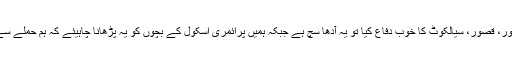
میں: اچھا یعنی اگر ہم اپنے بچوں کو یہ پڑھائیں کہ ہم نے لاہور، قصور، سیالکوٹ کا خوب دفاع کیا تو یہ آدھا سچ ہے جبکہ ہمیں پرائمری اسکول کے بچوں کو یہ پڑھانا چاہیئے کہ ہم حملے سے بے خبر تھے، کمانڈانچیف سورہے تھے، حملے کے وقت۔